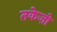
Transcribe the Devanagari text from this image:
तकेज़ो